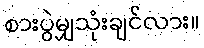
စားပွဲမျှသုံးချင်လား။